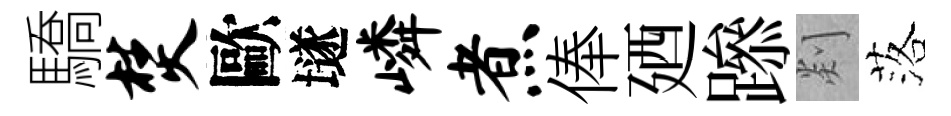
驕焚歐𡑞嶙煮俸廼𨅶剡落